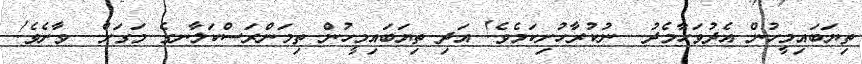
ތިޔަބައިމީހުން އެދުވަހާމެދު  ނުކުރާހުށިކަމެވެ! އަދި ތިޔަބައިމީހުން ތިމަންރަސްކަލާނގެ މަގަށް  ވާށެވެ!